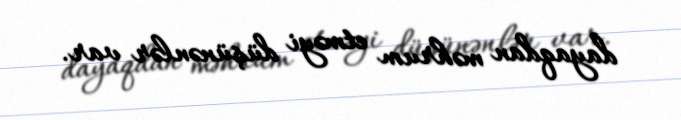
dayaqdan məhrum etməyi düşünənlər var.